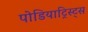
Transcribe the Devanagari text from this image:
पोडियाट्रिस्ट्स